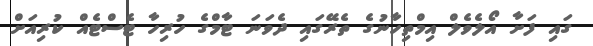
ގައި ފަށާ އޯލެވެލް އިމްތިހާނުގެ ތެރޭގައި ދެވަނަ ޓާމްގެ ހުރިހާ ޓެސްޓެއް ކުރިއަށް